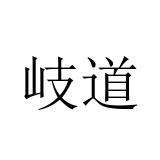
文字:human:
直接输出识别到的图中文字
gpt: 岐道